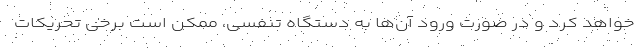
خواهد کرد و در صورت ورود آن‌ها به دستگاه تنفسی، ممکن است برخی تحریکات